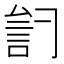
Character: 𲁦